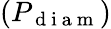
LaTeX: (P_{\mathrm{~d~i~a~m~}})